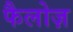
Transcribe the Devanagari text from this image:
फैलोज़